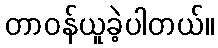
တာဝန်ယူခဲ့ပါတယ်။